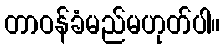
တာဝန်ခံမည်မဟုတ်ပါ။